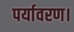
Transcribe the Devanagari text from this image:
पर्यावरण।